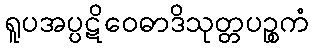
ရူပအပ္ပဋိဝေဓာဒိသုတ္တပဉ္စကံ